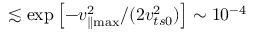
\lesssim \exp \left[ - v _ { \parallel \operatorname* { m a x } } ^ { 2 } / ( 2 v _ { t s 0 } ^ { 2 } ) \right] \sim 1 0 ^ { - 4 }